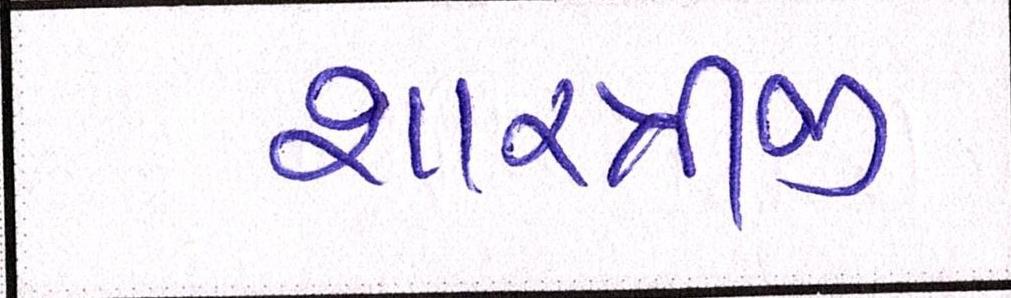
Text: શાસ્ત્રીજી